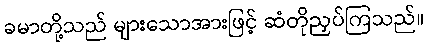
ခမာတို့သည် များသောအားဖြင့် ဆံတိုညှပ်ကြသည်။